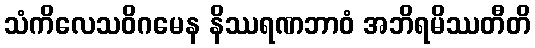
သံကိလေသဝိဂမေန နိဿရဏဘာဝံ အဘိရမိဿတီတိ